Anatomy and histology of ticks - Number 23
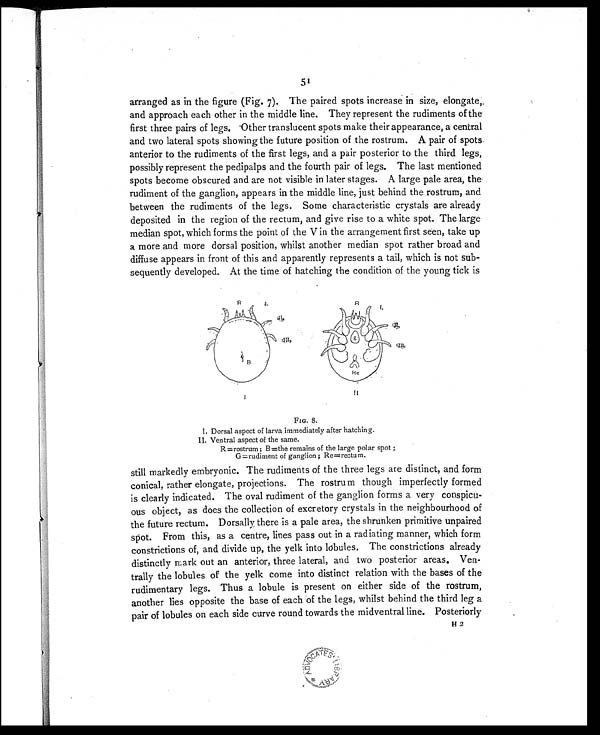
5
arranged as in the figure (Fig. 7). The paired spots increase in size, elongate,.
and approach each other in the middle line. They represent the rudiments of the
first three pairs of legs. Other translucent spots make their appearance, a central
and two lateral spots showing the future position of the rostrum. A pair of spots.
anterior to the rudiments of the first legs, and a pair posterior to the third legs,
possibly represent the pedipalps and the fourth pair of legs. The last mentioned
spots become obscured and are not visible in later stages. A large pale area, the
rudiment of the ganglion, appears in the middle line, just behind the rostrum, and
between the rudiments of the legs. Some characteristic crystals are already
deposited in the region of the rectum, and give rise to a white spot. The large
median spot, which forms the point of the V in the arrangement first seen, take up
a more and more dorsal position, whilst another median spot rather broad and
diffuse appears in front of this and apparently represents a tail, which is not sub-
sequently developed. At the time of hatching the condition of the young tick is
FIG. 8.
I. Dorsal aspect of larva immediately after hatching.
II. Ventral aspect of the same.
R =rostrum ; B=the remains of the large polar spot ;
G =rudiment of ganglion ; Re=rectum.
still markedly embryonic. The rudiments of the three legs are distinct, and form
conical, rather elongate, projections. The rostrum though imperfectly formed
is clearly indicated. The oval rudiment of the ganglion forms a very conspicu-
ous object, as does the collection of excretory crystals in the neighbourhood of
the future rectum. Dorsally there is a pale area, the shrunken primitive unpaired
spot. From this, as a centre, lines pass out in a radiating manner, which form
constrictions of, and divide up, the yelk into lobules. The constrictions already
distinctly mark out an anterior, three lateral, and two posterior areas. Ven-
trally the lobules of the yelk come into distinct relation with the bases of the
rudimentary legs. Thus a lobule is present on either side of the rostrum,
another lies opposite the base of each of the legs, whilst behind the third leg a
pair of lobules on each side curve round towards the midventral line. Posteriorly
H2